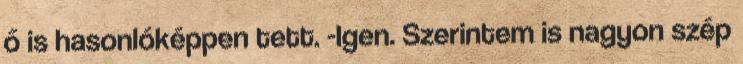
ő is hasonlóképpen tett. -Igen. Szerintem is nagyon szép